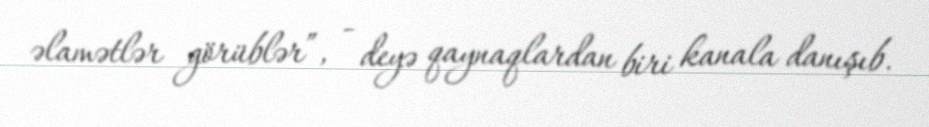
əlamətlər görüblər”, - deyə qaynaqlardan biri kanala danışıb.